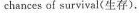
chances of survival(生存).